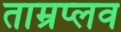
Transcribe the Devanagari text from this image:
ताम्रप्लव